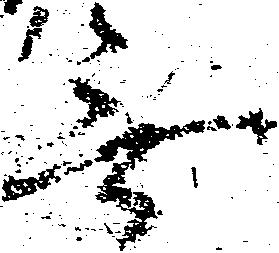
無